Vaccination North-Western Provinces 1866-1877 - 1866-1877
Year: 1866
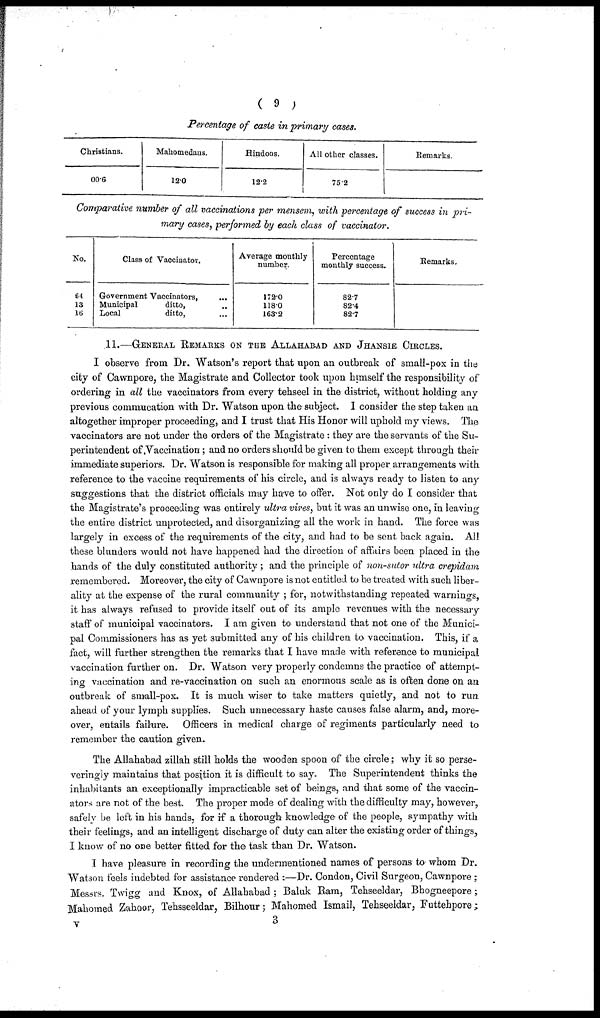
( 9 )
Percentage of caste in primary cases.
Christians.
00.6
Mahomedans.
12.0
Hindoos.
12.2
All other classes.
75.2
Remarks.
Comparative number of all vaccinations per mensem, with percentage of success in pri-
mary cases, performed by each class of vaccinator.
No.
64
13
16
Class of Vaccinator.
Government Vaccinators, ...
Municipal
ditto, ...
Local
ditto, ...
Average monthly
number.
172.0
118.0
163.2
Percentage
monthly success.
82.7
82.4
82.7
Remarks.
11.— GENERAL REMARKS ON THE ALLAHABAD AND JHANSIE CIRCLES.
I observe from Dr. Watson's report that upon an outbreak of small-pox in the
city of Cawnpore, the Magistrate and Collector took upon himself the responsibility of
ordering in all the vaccinators from every tehseel in the district, without holding any
previous commucation with Dr. Watson upon the subject. I consider the step taken an
altogether improper proceeding, and I trust that His Honor will uphold my views. The
vaccinators are not under the orders of the Magistrate : they are the servants of the Su-
perintendent of Vaccination; and no orders should be given to them except through their
immediate superiors. Dr. Watson is responsible for making all proper arrangements with
reference to the vaccine requirements of his circle, and is always ready to listen to any
suggestions that the district officials may have to offer. Not only do I consider that
the Magistrate's proceeding was entirely ultra vires, but it was an unwise one, in leaving
the entire district unprotected, and disorganizing all the work in hand. The force was
largely in excess of the requirements of the city, and had to be sent back again. All
these blunders would not have happened had the direction of affairs been placed in the
hands of the duly constituted authority ; and the principle of non-sutor ultra crepidam
remembered. Moreover, the city of Cawnpore is not entitled to be treated with such liber-
ality at the expense of the rural community ; for, notwithstanding repeated warnings,
it has always refused to provide itself out of its ample revenues with the necessary
staff of municipal vaccinators. I am given to understand that not one of the Munici-
pal Commissioners has as yet submitted any of his children to vaccination. This, if a
fact, will further strengthen the remarks that I have made with reference to municipal
vaccination further on. Dr. Watson very properly condemns the practice of attempt-
ing vaccination and re-vaccination on such an enormous scale as is often done on an
outbreak of small-pox. It is much wiser to take matters quietly, and not to run
ahead of your lymph supplies. Such unnecessary haste causes false alarm, and, more-
over, entails failure. Officers in medical charge of regiments particularly need to
remember the caution given.
The Allahabad zillah still holds the wooden spoon of the circle; why it so perse¬
veringly maintains that position it is difficult to say. The Superintendent thinks the
inhabitants an exceptionally impracticable set of beings, and that some of the vaccin-
ators are not of the best. The proper mode of dealing with the difficulty may, however,
safely be left in his hands, for if a thorough knowledge of the people, sympathy with
their feelings, and an intelligent discharge of duty can alter the existing order of things,
I know of no one better fitted for the task than Dr. Watson.
I have pleasure in recording the undermentioned names of persons to whom Dr.
Watson feels indebted for assistance rendered :—Dr. Condon, Civil Surgeon, Cawnpore;
Messrs. Twigg and Knox, of Allahabad ; Baluk Ram, Tehseeldar, Bhogneepore;
Mahomed Zahoor, Tehsseeldar, Bilhour; Mahomed Ismail, Tehseeldar, Futtehpore;
V 3